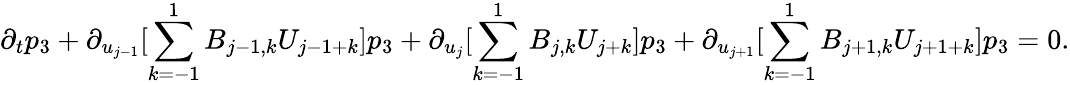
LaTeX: \partial_{t}p_{3}+\partial_{u_{j-1}}[\sum_{k=-1}^{1}B_{j-1,k}U_{j-1+k}]p_{3}+\partial_{u_{j}}[\sum_{k=-1}^{1}B_{j,k}U_{j+k}]p_{3}+\partial_{u_{j+1}}[\sum_{k=-1}^{1}B_{j+1,k}U_{j+1+k}]p_{3}=0.